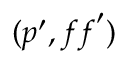
( \boldsymbol { p } ^ { \prime } , \boldsymbol { f f } ^ { \prime } )